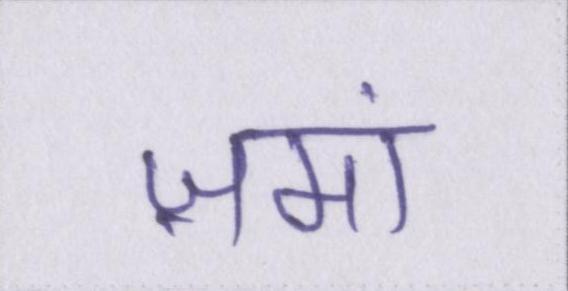
ज़मां